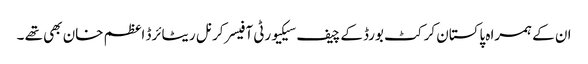
ان کے ہمراہ پاکستان کرکٹ بورڈکے چیف سیکیورٹی آفیسر کرنل ریٹائرڈ اعظم خان بھی تھے ۔